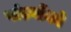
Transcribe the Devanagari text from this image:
पांडवोंको